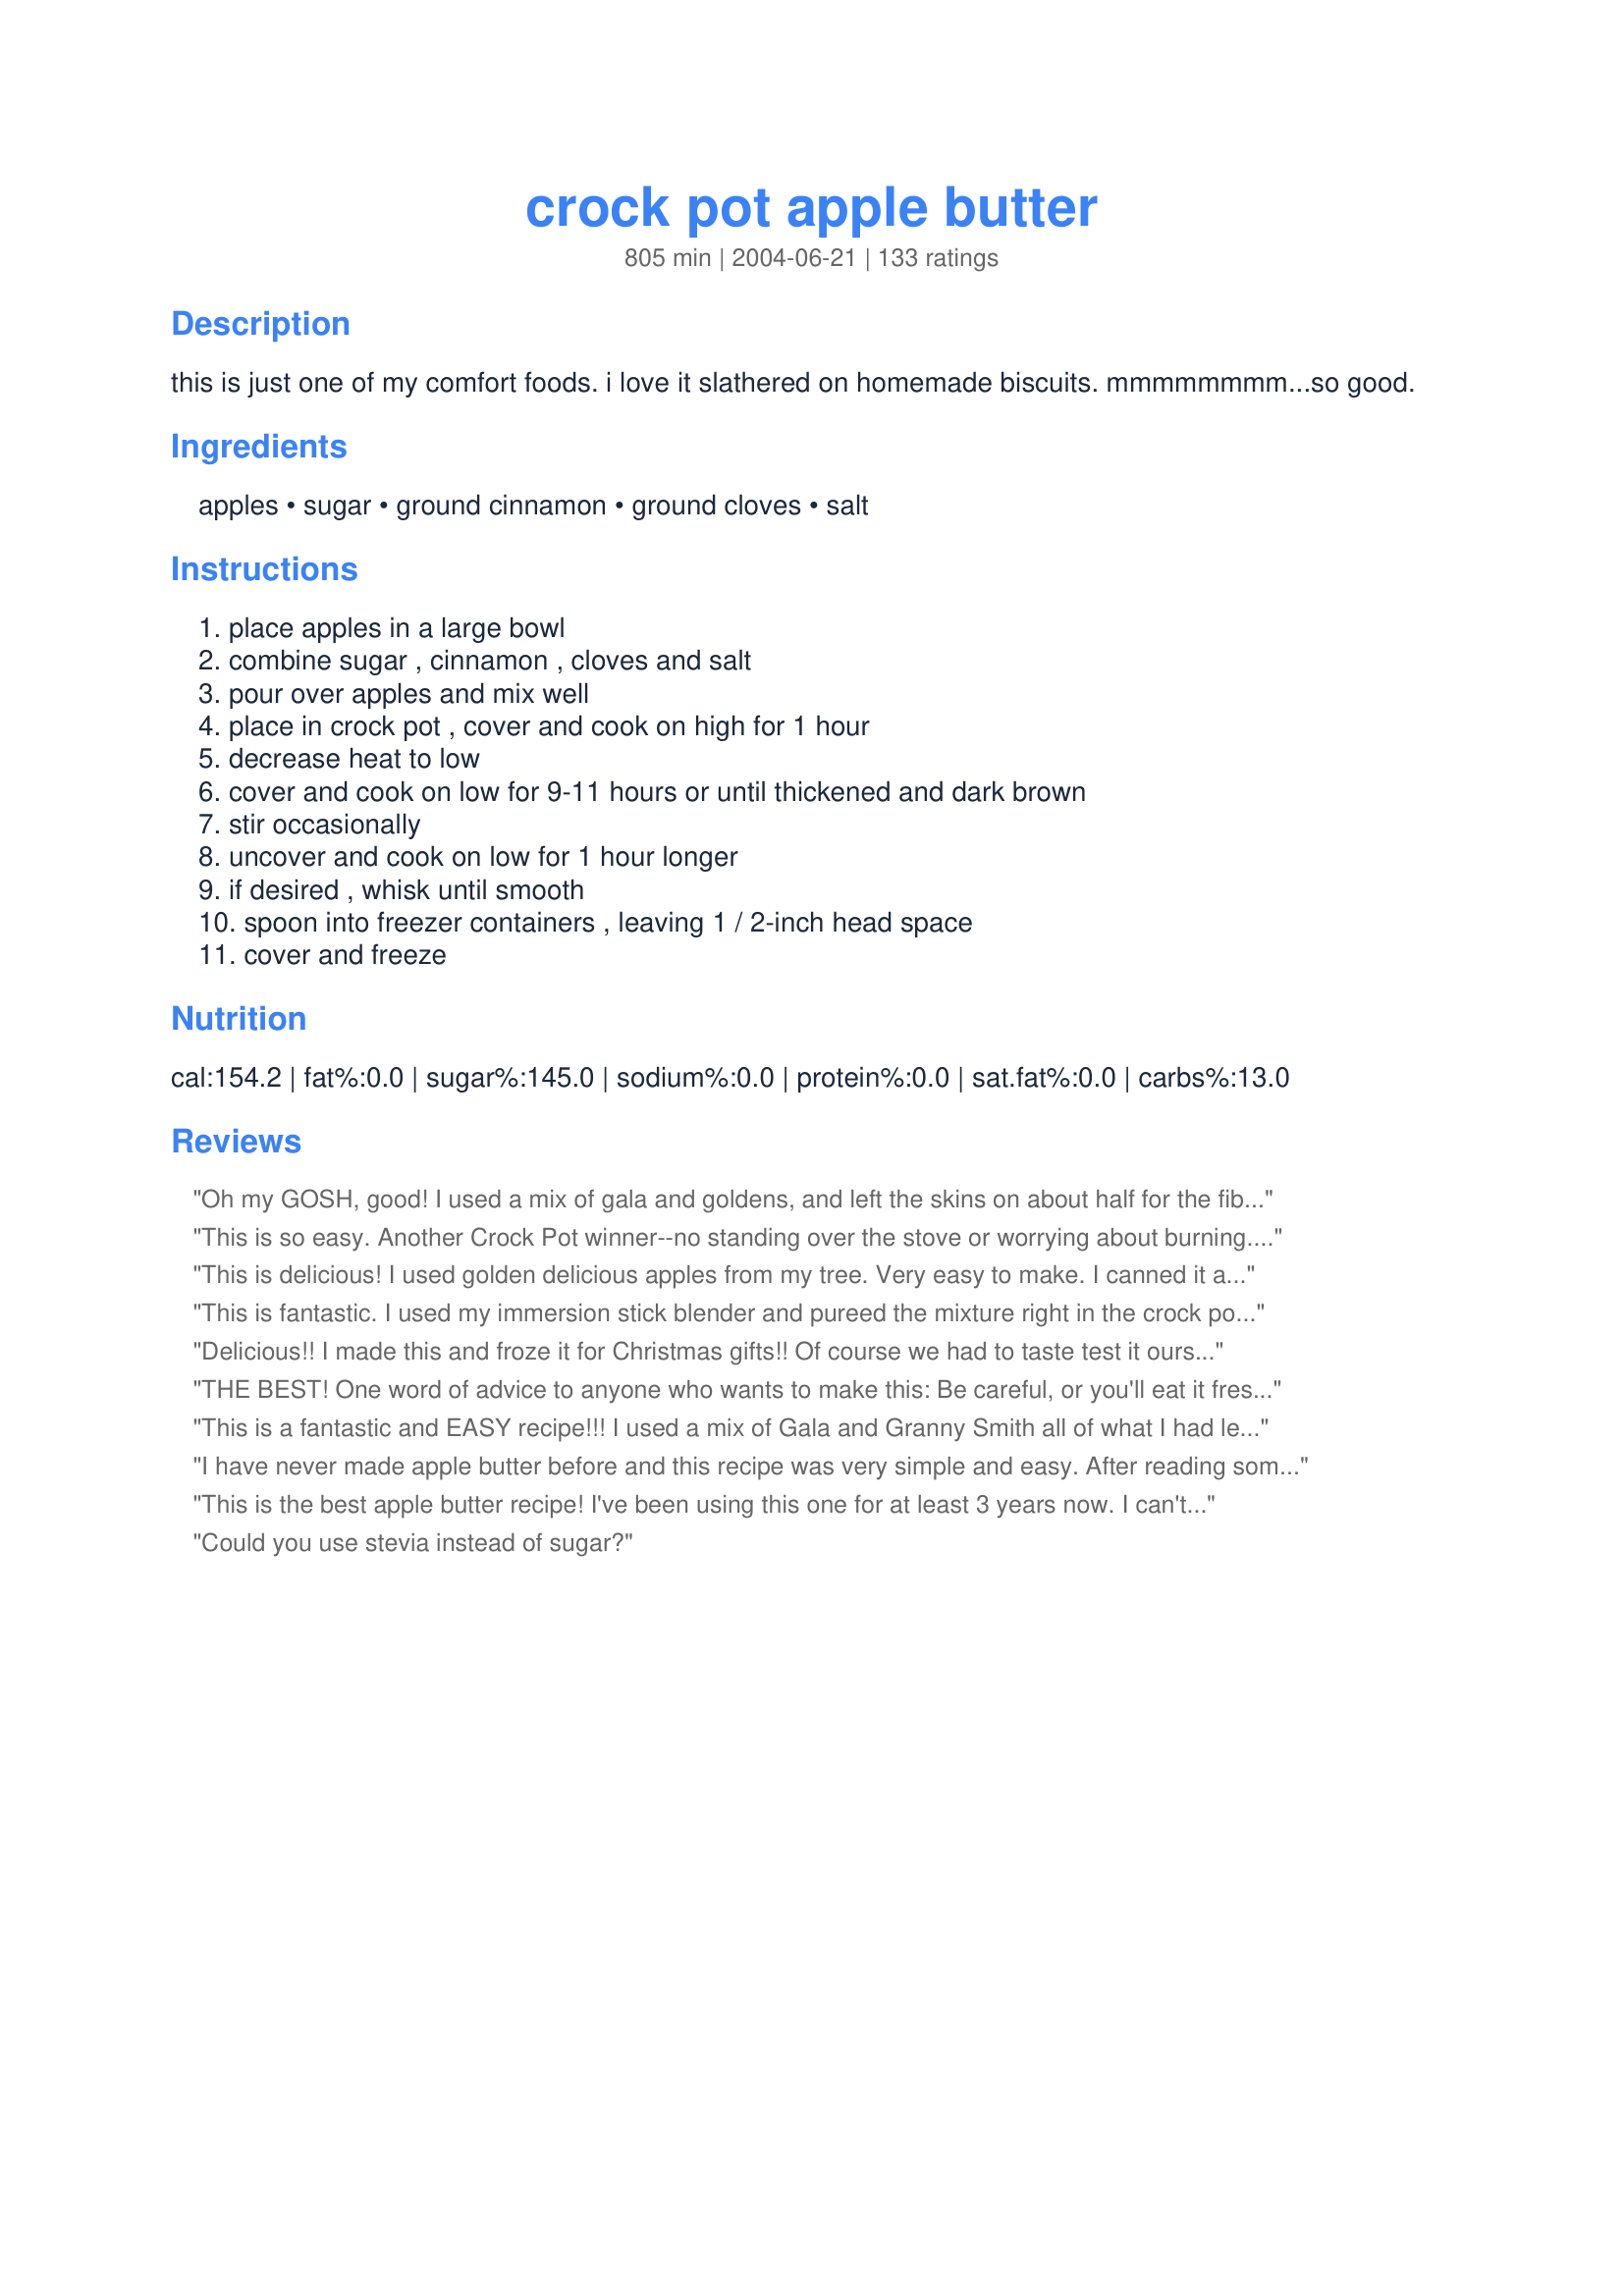
crock pot apple butter
Preparation time: 805 minutes

this is just one of my comfort foods. i love it slathered on homemade biscuits. mmmmmmmm...so good.

Ingredients:
apples, sugar, ground cinnamon, ground cloves, salt

Steps:
place apples in a large bowl, combine sugar , cinnamon , cloves and salt, pour over apples and mix well, place in crock pot , cover and cook on high for 1 hour, decrease heat to low, cover and cook on low for 9-11 hours or until thickened and dark brown, stir occasionally, uncover and cook on low for 1 hour longer, if desired , whisk until smooth, spoon into freezer containers , leaving 1 / 2-inch head space, cover and freeze

Reviews:
Oh my GOSH, good! I used a mix of gala and goldens, and left the skins on about half for the fiber and the pectin. The stick blender makes short work of them, so don't worry about getting a mouthful of skins. I couldn't quite fit all my apples into the crockpot, so I had to wait until it cooked down for an hour before dumping the rest in, but it all came together in the end. 2 t of cinnamon was plenty spicy for me so, as with any recipe, I'd say start small and add more to taste. I used 2 c of Splenda and 1/2 c of sugar, and it came out perfectly. This stuff is incredibly delicious, especially the next day after it has had a chance to settle. Highly recommended.
This is so easy. Another Crock Pot winner--no standing over the stove or worrying about burning. I cored my organic apples but did not peel and simply put the finished product through the China cap to separate the skins. I made a 1/3 recipe of this and it turned out really well. It ended up cooking about 13 hours on low and I didn't bother to cook the last hour with the lid removed. Thick and rich. Definitely a keeper.
This is delicious! I used golden delicious apples from my tree. Very easy to make. I canned it and use it for Christmas gifts.l
This is fantastic. I used my immersion stick blender and pureed the mixture right in the crock pot when I uncovered it then let it cook for the other hour. Love this stuff. Made for Zaar Chef Alphabet Soup tag game.
Delicious!! I made this and froze it for Christmas gifts!! Of course we had to taste test it ourselves and it is awesome!
THE BEST! One word of advice to anyone who wants to make this: Be careful, or you'll eat it fresh until you're sick. Not that you'll mind, much, but still.
This is a fantastic and EASY recipe!!! I used a mix of Gala and Granny Smith all of what I had left. I also added about two tablespoons of apple butter syrup I purchased from a German Baptist market down the road. Like some others I also added apple pie spice, and about a teaspoon of pumpkin pie spice. I also substituted the last cup of sugar for brown sugar. The combo is really amazing together be gives it a richer spicier flavor! Will make again!!
I have never made apple butter before and this recipe was very simple and easy. After reading some reviews, I decided to use less sugar. I used 2 1/2 cups regular sugar and a half cup brown sugar for a total of three cups. I also put in two teaspoons of lemon juice. I had to puree it at the end to make it smooth, but it came out fantastic! Very smooth and thick. My son, who is picky eater, said it tastes just like apple pie.
This is the best apple butter recipe! I've been using this one for at least 3 years now. I can't remember where I got the recipe from, but my family requests it in their christmas baskets every year.
Could you use stevia instead of sugar?
Yummy! I used brown sugar. This smells and tastes great. It freezes well too.
I made this Apple Butter some time ago and apparently forgot to write a review. This is a delicious apple butter made it using splenda instead of sugar. I canned it instead of freezing it because of lack of space in freezer. I did a hot pack method, water bath for 10 minutes.This worked very good for me. Thank you for posting the recipe!
This was so awesome. I also think I will try less sugar next time. Everyone who has tried it loved it.
Thanks for the great recipe.
We really liked this recipe. We like unspiced applebutter, so I left out the cloves. I think next time we will just use 3 cups of sugar. I will make this to give out as Christmas gifts!
I went apple picking and only was able to pick granny smiths, but I followed this recipe and it came out soo good! Only thing I would say: do less sugar, and stick the entire thing in a blender once it&#039;s done cooking overnight. It was chunky and apple sauce-y and once I blended it up it was smooth and looked just like apple butter. YUM!
5 stars for how easy this was. 5 stars for how it tastes! i used 3 kinds of apples - granny smith, macs and courtlands. (i used 22 apples total and filled the crockpot 3/4 fulls.) i thought it was going to be really sweet and was pleasantly surprised at how nice and refreshing this tastes. not too sweet at all! i also really liked the flavour of it. very much like apple pie! yummmmmy! i made the mistake of starting later in the day and so i cooked it all one day and then at night i put it in a cool place and then plugged it back in for the next day. i actually cooked it for about 20 hours and it became really thick. i am really happy with the results and will be making again!! thanks soo much!
My first try at making apple butter. Our trees gave us a LOT of apples this year and wanted to give a new recipe a try. Yours was perfect. I ended up with 7 1/2 jars and I am 4 days later 6 jars are left! This is SOOOO Good! It turned out perfectly. Tastes like Apple Pie :)
Halved the recipe. Delicious.
Very yummy! I Canned this to give away as Xmas gifts. My husband gobbled up the amount I set aside for our personal use, so I had to make another batch!
Happy to find an Apple Butter recipe with the apples in lbs not cups! Phew! Once I'd made this in the slow cooker I realised how lucky it was that I used this recipe. It's so delicious! Used a box of apples from my sister's garden, and freshly ground cinnamon and, like another, used allspice instead of cloves. Will definately be making this again!!
Such an easy way to make a delicious apple butter!
I have never put salt in mine, but it was a nice addition. I used 100% Splenda and it came out beautifully. Thanks, Carole in Orlando
This is delicious! I canned this in a water bath for 15 minutes to be safe. My entire family loves apple butter, so I'm giving a bunch away for the holidays. This tastes just as good as the expensive stuff I used to buy from a nearby apple farm. I think the sugar/spice amount is perfect. (My apples weighed 5 1/2 pounds before peeling and coring.) I chopped the apples very finely in the food processor, and after 12 hours in the crock pot I didn't have to blend any further - it was already a nice smooth texture. This is definately going on my list to make every year. Thanks for a great recipe!
My first success at Apple Butter! Mine took about 24 hrs in the crock pot, but my crock is only a 4 qt. I also used 2 1/2 c. sugar and 1/2 c. stevia and it tastes great. Thanks.
Just like Grandma used to make but better! The aroma coming from the crock pot was heavenly. I used Golden Delicious and Gaia apples but halved the recipe since I didn't know how much apple butter we would actually eat up. Thanks for sharing this recipe. It feels just like my grandma made it and makes me smile!
Hi All, can this be cooked in a slow cooker? ????
This was very simple and tasty. I used nutmeg instead of cloves, just because it was what I had, and it turned out great. I would definitely recommend cutting down on the sugar though. I put 3 cups in and it was still really sweet.
I reduced the sugar by half and it was still plenty sweet. (I'm sure that depends on how sweet the apples are to begin with.) This is delicious apple butter!!
This was so easy and delicious! First time for apple butter for me although I have made applesauce in the past. The only thing I changed was I added a bit of allspice and used splenda instead of sugar along with all tart green apples. It ended up sweet with just enough tart tangy flavor to make it a hit around here.
This was so easy to do, especially for my first try at apple butter. I have to agree w/ other posters, 4 cups of sugar is way too much, especially if you are starting with sweet red apples. I also omitted the salt, but we won't miss it (on a low sodium diet these days).
This turned out great!!! My kids loved it. I got 5 pints out of it, but I think I used more apples than the recipe called for. I used granny smith and jonagold. It was a little on the sweet side and I could probably cut down on the sugar next time. All in all, a great recipe. This was my first time making apple butter, and this recipe couldn't have been easier.
I did so many things wrong making this recipe and it was still awesome, lol! I forgot to chop the apples finely before putting them in, so they cooked for an hour on high before I remembered to go mash them up. Then I feel asleep while they were cooking and didn't end up stirring it at all! I cooked it 11 hours, 2 hours uncovered, and it turned out just perfect. Thank you so much!
Tastes fantastic, but I was expecting more of a thicker apple butter texture than what it was (which was a little bit thicker than apple sauce). (Taste gets 5 stars, apple sauce consistency of it brings it down to 3 stars from me)
The inversion method of canning mentioned on here is not recommended by the USDA due to botulism. Please be safe.
Can I NOT put stars...this is horrible....made the receipe to the tee and it takes like pure sugar. Awful. Reverting back to my old fashioned real apple butter receipe...
This recipe was way easy and delish! I did a lil tweak myself, as I was comparing 2 diff recipes. We have an Apple tree in the front yard, and we used the Apple core'er and left skins on......filled crock pot til it was heaping and lids wouldn't close......added a 1/2 cup cider vinegar and the rest of the ingredients, I did use 3 cups white sugar and 1 cup light brown. 16 hours in the crock, then I pureed and returned with lids off (I made 2 crocks full) I will let it cook down and thicken up, then jar and water bath for 15 minutes. Its beautifully silky brown! And the flavor! I like the slightly tart flavor, and I thought the sweetness was perfect for a fruit spread. If you don't like cloves, nutmeg will do the trick. This will be a perfect gift for friends and family this holiday! Enjoy! 2 crock pots made 11 pints
One word: perfect! I made this with a load of apples we got from the neighbors (golden delicious). I have since used the butter for homemade pop-tarts, homemade "nutra-grain" bars, and even a delightful kringle danish. Thanks for helping me to put all those apples to good use!
Yum! This is delicious and so easy to make! I actually halved it, but next time I'll make the full amount and freeze it. I am enjoying it right now spread on some plain brown rice cakes, and a little goes a long way; this is super-flavorful, with just the right amount of spices. The cooking time in the crockpot was spot-on, too, and the directions were great. Thanks so much!
I made this recipe recently. It was perfect as written. I canned it in the hot water bath for 10 minutes due to shortage of freezer space. I used my immersion blender when it was done and it made the consistency just right. Thanks for the recipe
The easiest preserve I have ever made - this recipe is a keeper. The flavour and consistency were excellent.
Can you put in pint jars and let seal
Yum, yum, YUM!! I made this Thursday and we were eating it out of the crock before it was done. I was low on time and sugar and couldn't find the new bag so I only had 3 cups. I threw it in and planned to come back and add the rest. I thought it was plenty sweet and didn't add the rest. I will be making more this week and I will only add 2 cups of sugar to start and I think that will be enough for us. I plan on using this for oatmeal apple bars #46241. Thank you so much for such a grat recipe. I've told everyone who will listen about how wonderful this turned out. I hope to give it as Christmas gifts but I will have to sneak it out past the rest of the family!
10-3-07
I made this again last night using 2c. sugar. It's still really good.
I am making this recipe for the second time in a little over a month. My entire family loved it, my youngest requested it for his school Thanksgiving feast in a few weeks.

Freezes well, easy to make, fool proof!

Thanks for posting this one!
I just picked a ton of apples a few days ago and thought I would give apple butter a try this year. First I tried stove top way, lots of hands on work with not the greatest result. Next I tried in the oven, and again not the best. This recipient was the easiest and provided the best apple butter I have had! Thank you for sharing this. I thought using the crock pot and omitting the cores and peels would result in terrible butter. Boy was I wrong, hands down the best, and I'm giving away jars for Christmas.
Absolutely fabulous recipe: super easy, super tasty, and hard to mess up. First time around I used apples (and half the sugar as others mentioned), and subbed Pumpkin Pie Spice for the ground cloves. Also didn't bother to peel the apples, just tossed it all in the food processor before the final uncovered cook...made for a nice thick butter with wonderful color. I also cooked it overnight, so it only got a few stirs before bed. YUMMOLA! Now have it in the pot with pears this time...excited to see how it turns out! Nice to wake up in the morning to the smell of apple/pear butter cooking ;).
Great recipe! I only used 2 cups of sugar and it was plenty sweet. Had a great flavor. I didn't chop the apples, just quartered them. After they had cooked for a while, I used a potato masher to break them up. I thought about using the food processor, but decided to leave some chunks. It had a good texture. I also used the recipe for pears. Delicious!
Loved the recipe. It was my first time making the apple butter. I grew up eating it almost every morning since I live in Oregon. I&#039;m sorry I did not read the reviews first since almost every one stays it&#039;s too sweet. Could use half the sugar. It would be good to know that in advance. One can always add sugar but hard to do anything after the fact when it&#039;s too sweet. But I&#039;ll be making it regularly from my Braeburn, Honycrisp and Yellow Delicious trees. Thanks.
Good flavor, just like the stuff you buy at the orchards. Used the rest of our apple picking apples and it made quite a bit, had to freeze most of it.
Good recipe with a good spice mixture. I gave it four stars as it came out very sweet. I even used more than the required amount of apples as I weighed out 5.5 lbs of prepared apples. The only thing I changed was I only used one type of apple. This might have been the cause of the over sweetness. I would reserve at least a cup or two of sugar the next time and add as needed half way thru the cooking process.
This is so good. Less sugar, especially if you use sweet apples. Thanks for posting my new favorite snack. good with cheese and crackers.
Thank you so much-this is better than any store bought apple butter!
Thanks for the great recipe. I made it last year and it was wonderful. I'm about to make it again right now with the apples we picked! Bonus: The house smells so good for like two days.
I made this last year this time and forgot to review. I didn't use all the sugar i used 2 1/2 cups, cooked the apples on the stove then ran them thru my mill.We enjoyed this very much. I plan on making this again this year.
Thank you for the recipe.I had plenty of apples to use and this was very helpful and delicious.I made some last night.Yummy!!!I just had to add this.I made the apple butter and my mother n law loved it also and said it was the best she has ever eaten.She called me as soon as she ate it and said i want the recipe right now.She has benn learning me how to can for the first time this year and i have made something that she hasnt and she was really proud of me.thank you so much...
So simple and oh so Yumm-o!! I made this yesterday and could hardley keep the kids out of it while I was putting it in the jars. Thanks for a great recipe that I will be using over and over again. I made this to put in my xmas baskets this year.
This was my first time making apple butter and it turned out great! Very easy and oh so yummy! Thank you!
My first time making applebutter and with succes! I used 4 different type of apples and it filled up my 3 1/2 liter crockpot to the rim when starting cooking it.I used 3 teaspoons of the cinnamon and the total cooking time was 12 hours. I used my stick blender to smooth it and it looked exactly as in Pamela's picture!
Thanks Margo!
This is such an easy recipe...set it and forget it, which is exactly what I did! I went to bed and forgot it was on, so my total cook time ended up being 20 hrs. The result was a wonderfully dark and rich apple butter. I started out with 6 lbs of apples before peeling and paring. I used a combination of Fuji, Pink Lady and Honey Crisp apples. 1 1/4 cups of sugar gave it the right amount of sweetness for us. I pureed the cooked and cooled butter in the blender and the consistency was perfect. Thank you for a great recipe that made me look like a pro!
Delicious and soooo easy!! Just cored and chopped the apples, I didn't even bother peeling them. I pureed this in my blender at the end of the cooking time and it turned out perfectly smooth. I used the sweetest apples I could find (Red Delicious) and cut WAY back on the sugar. I only used 1 c., but I think I could have left it out completely.
Great recipe! I used only Macintosh Apples. After reading the other reviews, I decided to go ahead and cut back on the sugar. I doubled the amount of apples. I used 10 lbs. of apples, with only 4 cups of sugar. I kept the spices doubled following what the recipe called for. If I had used a more tart apple, I would have used the sugar called for. I have given it away to family and friends and they love it too!
I did not have the cloves on hand but it still turned out beautifully. Thank you for an easy and very pleasing recipe.
Our son and his new wife used their wedding present to make this and shared how good it was. Since we were finishing out a *bumper crop* year of apples at home, I decided to try it for a couple of batches. OHMYGOODNESS! I'm so making more next year! My husband is going through a half pint every week! <br/><br/>I used a mix of Granny Smith and Jonathan apples. I made the second batch a bit spicier and liked it better. I also eased up on the sugar in both recipes. <br/><br/>Absolutely phenomenal recipe! Highly recommend this!
Yummy, this turned out as good as it sounded! The only change I made was to cook uncovered another hour as it seemed too loose. Firned up after being in fridge overnite. Taste is just wonderful! Will be making this more often. This is a keeper.
Thank you so much for this recipe. I don&#039;t eat Apple Butter, but my daughters love it, so I wanted to try to make it, but everyone I talked to said it was a pain to make. I found this recipe and it sounded easy enough, and it was!!! And it came out great. I did not reduce the sugar, but I did double the cloves. I used my apple/peeler/corer to prep the apples and then sliced the apple rings into smaller chunks. Cooked all night, according to the instructions, and in the morning, I put small batches into my Magic Bullet blender and ground it up. It didn&#039;t separate at all, so I didn&#039;t do the last hour on high, I just put it into jars and put them in the water bath. Mine made 7 pints, but I probably didn&#039;t have as many apples as the recipe calls for, because we picked apples ourselves and I didn&#039;t weigh them. I just kept putting more in, until the crock pot was full. This was amazing!! On a side note, for those making the recipe; put your cores and peelings into a large pot with ample water and boil them while you are doing the apples. Let them &quot;brew&quot; for a good hour or more, keeping plenty of water in the pan. Strain the juice and use it for jelly, then use the peeling and &quot;mush&quot; to make fruit leather. I did the cores in a separate pan so they were easy to remove and throw away without the fear of having seeds somewhere in the mush batch. NO waste!!!
I needed to use up some Macintosh and Granny Smith apples in a fruit basket I had so I decided to give this recipe a try. It was very easy to make and the house smelled great all day long while this was cooking. This apple butter has just the right amount of sweetness and I enjoyed the hint of cinnamon and cloves. I couldn't get it to get smooth with a whisk, so I used my immersion blender and it turned out nice and smooth. Much better than the apple butter you get at the store. Thanks for sharing such a great recipe.
Oh, this is sooo good!
It is good on just about everything and by itself on a spoon!
I used only 2 cups of sugar and also some nutmeg and allspice for a spicier sauce.
I also left the peels on and after cooking ran it through the food processor before hot water bathing it.
I will do this again for sure!
So good and so easy, using the crock pot makes it so simple, I made a couple of very minor tweaks, but for the most part followed the recipe. So smooth and taste just like I want apple butter with just the right amount of spice. When finished I canned in a water bath and know these are going to go fast
Just another awesome review! I have made Apple Butter a million times, but being a little low on time (In-laws decided to do Christmas and Thanksgiving the first weekend in Nov!) I was looking for a quick recipe. I peeled 2/3 and cut up all of my apples (bought at the produce stand on clearance) . Crock pot overnight, wand made quick work of making it chunky, luscious, velvetty on the tongue Apple Butter! I used 10 lb of windfall apples of about 4 varieties, cut back the sugar by a cup and added a tsp of nutmeg. This is a definate keeper!
This is the best one i have found and that i liked and that did not have to a ha million steps to it was so easy and taste great will be making this again :) :)
The directions should recommend that you process apple butter in a water bath of rolling boiling water for 10 minutes if you want to can your apple butter! This is a good recipe...you can add more sugar near the end to sweeten more if you like...start perhaps with less sugar and sweeten to taste at the end of the 9 hours. I actually pressure can my apple sauce and apple butter for 15 minutes at 5 lbs of pressure because I do not want to deal with all of that heavy scalding water. I have been canning food for more than 40 years! (*I use Mutzu apples(a cross between a granny smith and yellow delicious. It is very important to talk to people who perhaps grow apples and ask which variety is best for this. Some apples make awful applesauce or apple butter because they cook very &quot;mealy&quot;. You won't go wrong with Mutzu. If you are lucky enough to find river apple variety they are also good.)
I made this apple butter first, then made Recipe #11492, the only difference really being the addition of vinegar in the other one. So, Margo, your recipe was my first time ever making apple butter, and it could not have been easier. It was such a treat to come home after a brisk walk through the cold outdoor air to a nice, warm snack of sweet, spicy apples to top over rice cakes. Thank you! I did use Splenda instead of sugar and found no problems there, and I just ended up letting the apples stay in their shape, rather than trying to blend them; I enjoyed that texture. Thank you again for such a great start to making apple butter :) God bless!
Loved the ease of this recipe. The aroma in the house was wonderful . I did 6 pounds of Apple Granny Smith, Cortland. Sliced thin and skin on.
Used 3cups of brown sugar, 1 teaspoon allspice, 1teasppon cloves. 1teaspoon fresh grated nutmeg. I started mine early morning on 4hours high giving it a stir once in a while 2hours low. Pur&eacute;ed in food processor. Canned hot water method 10 minutes. Thank you. I am ready to make second batch.
My mother-in-law has always raved about crockpot apple butter, how easy and delicious it is. She was right! This is perfect for a novice. I am giving jars for Christmas!
Soooo good! I just opened my first bottle this morning (I made in Nov.) and it is perfect. I used about 3.5 lbs red apples from a friends tree and 1.5 lbs of granny smith also reduced the sugar by 1/2 a cup. I put sliced apples in my food processor to achieve "finely" chopped apples. I couldn't get the butter smooth enough with a wisk so on the last hour I poured it into my blender and processed until smooth then put back in crockpot with lid off on high for an hour to thicken it up. I had to stir it about 3x's on the last hour so it wouldn't scorch. I ladled into hot jars and put them in a boiling water bath canner for 10 min. This fall I will be making 2 batches because I think this is going to go fast! Thanks
Very good recipe! I would try a bit less sugar next time, though. Thanks!
AMAZING! I started with a bit over 6 lbs of Courtland apples and by the time I peeled, cored & tossed any funky parts I ended up with about 5.5 lbs. I put the apples in my Cuisinart to chop them up and combined all ingredients in my crock pot. I used 3t cinnamon but changed nothing else. I cooked it as recommended (9 hours rather than 11) and was getting kind of worried because it didn't have the right texture or consistency at all! But it all came together in the last few hours. I would say appx total yield on this is 6-ish cups (something I would have liked to know BEFORE making so I could make sure to have appropriate containers ready for freezing). It made the house smell WONDERFUL and of course me, DH, & the kids needed to taste-test every hour or so. It's very sweet....apple-pie sweet. I think next time I might try with 3C sugar...but there will DEF be a next time! We all had some on our bagels/English muffins this AM for breakfast...YUM!! Thanks for sharing!
This is wonderful - tastes like the good apple butter we used to buy!!!
HI maybe someone can help me. This will be the first time making this. My crockpot doesn&#039;t have a high/low option. Would I leave it on for the full 11 hrs
Can this recipe be canned ? I see it can be refrigerated and frozen but I want to can it,
Made this recipe the other day and WOWZA! it's good! But don't be fooled into putting 4 cups of sugar in-- that's WAAAAYYY too much and I have quite the sweet tooth. I only put 2 cups in and it was pretty darn sweet-- I can only handle a few tablespoons of the apple butter on my toast. My hubby, on the other hand, downed almost the entire jar in two days. At least he's getting his fiber (I left the skins on then pureed the mix in my magic bullet when it was done). I also used a 5lb bag of Fuji apples, cored them with those cutter thingees (you push down on it and it cuts the apple into slices and cores it at the same time-- you can get it at the supermarket) then I cut those pieces into smaller pieces. I did stir it every few hours, even leaving the top off for a couple hours to get it to not be so liquidy. The house smelled amazing! I also couldn't find any cloves so I used a tsp of nutmeg instead. To can it and seal it (to give one jar away), I used the inversion method. Look it up because it's so much easier than boiling. Just be sure to wipe your jars totallly clean, including the lid and top of the jar because the lid will stick if there's any residue of apple butter on it. Try it! This recipe couldn't be easier!
The absolute best apple butter. I made a dbl batch of this . I used 10 pounds go transparent apples. For doubling the recipe I doubled all the ingredients except for the sugar. I used 5 cups total. I was able to get 18 8 oz jelly jars out of a dbl batch. I water bathed them for 15 mins. I will be making another batch of this very soon. I used 3 crockpots then added them together as the apples cooked down. I cored the apples but left the skin on. Then used my immersion stick blender to pur&eacute;e it.
We came home to a house smelling like the holidays! This recipe makes the BEST apple butter. Everyone loves it. I canned it.
This was the first time I've attempted to make apple butter on my own, but this stuff is amazing! I have to admit that it is better than my mom's (shhhh!) It was incredibly easy to make and pop into the crockpot, The hard part was the waiting! I will be heading out to the farmers market to pick up some more apples so I'll have enough to share! Thank you for this recipe.
This is a super recipe. I did it in my preschool class. I cut and peeled the apples but they washed the apples, counted apple pieces, counted the seeds, put the apples into the crockpot, discovered fractions, learned about the nutrition of an apple, estimated how many seeds an apple has in it and compared apple to apple, put in the ingredients , ate the peels and stirred. Periodically we stirred the apple butter until done. It was a great learning experience to compare before and after & especially yummy served w/pancakes!
I let slow cooker go overnight. When I awoke 8 1/2 hrs later, it was burnt. Had to toss. I guess the &quot;low&quot; setting on mine is too hot. Will try again during day so I can stir.
Easy and delicious. I canned mine for gifts.
This is delicious, very easy to make since hubby peeled the apples. The entire family said 10 stars would be the correct rating for this recipe. Thank for sharing a great keeper.
Sitting here finishing off a piece of toast with the wonderful apple butter I made yesterday. OMG, it is delicious. Thank you for this recipe, I will be making several batches for Christmas gifts this year.
This recipe is delicious! However, I do think it is far too sweet for my taste. To counter this I added armagnac (to taste) in the last few hours of cooking. Gives it a great kick and really cuts through the sweetness.
Just made my first batch and couldn't wait so had to put some on toast...OMG! Yum! 

I did cut to 3 cups of sugar after reading some reviews and that was perfect. 

Forgot to get cloves at the store so went with Watkins brand Apple Pie Seasoning as well...great kick!

Thanks for sharing....all my Facebook friends have it now too LOL!
This was my first time making apple butter. As written, it is too sweet for me. (And I like sweet stuff!) Next time, I will cut the sugar to 3 cups. The spices were PERFECT! I had to cook mine for about 12 hours. Then I put it in the blender to make it smooth. Will make again with less sugar.
So easy and so wonderful to slather on biscuits! Thanks for sharing!
I'm on my second batch of this. It's just delicious and so easy. I do use more apples than stated just to completely fill my crockpot but I don't increase the spices or sugar. It turns out perfectly and now I have a freezer full of yummy apple butter! Thanks!
Another great recipe! I made this using equal parts of Rome, Piñata, and Braeburn apples. If you haven't seen or heard of Piñata apples they are a lot like Gala apples. I will be making this recipe every few months I'm sure. <br/>Thank you for posting, Rachel Castle
This recipe is wonderful! I first made it last Christmas to give out as gifts but loved it so much I had a hard time parting with it. Numerous batches later, I was squared away with baskets filled with the jars of apple butter along with bread, butter crocks, butter knives, etc. Wonderful! I did make a few changes, most notably the addition of other fruit when I started runnning out of apples. One batch had frozen dark cherries, another had peaches. All varieties were excellent and I even used hte apple butter in another Zaar recipe- Paula Deen's Apple Butter Pumpkin Pie Recipe #148001. Thanks so much for a great recipe!!!
I used a mixture of Gala, Fuji, Red Delicious, and Braeburn apples. I didn't have a problem with it being too sweet, as some other reviewers stated. I think the trick is to mix tart and sweet apples. After cooking on low overnight, I ran it through the blender to break down the remaining apple chunks. Returned it to the crock pot until it thickened. It smelled wonderful and tastes great! I canned it using a hot bath method, and ended up with 4 pints. I'll definately make this again!
This was my first time making apple butter and it was so easy.. I actually put in the crock pot late at night and started it. Early in the morning we woke to a wonderful smelling house.
I absolutely loved this and am making again! It was a little watery, but DH covered the crok pot because he thought I accidently left it uncovered :) I used whole cloves because I didn't have any ground but I really wish I had some ground so it could have spread a little more evenly. I used some splenda and some sugar and next time will probably use only splenda. BE CAREFUL...this stuff is addicting!
This is the best simplest no fail apple butter recipe. I used a combination of apples, some sweet, some tart. I cut the sugar down to 2 1/2 cups because of the sweet apples and added 1/8 teaspoon nutmeg. This stuff is so good.
Very easy to make, peeling is tedious, but the most difficult part. I used this last year and will this recipe again this year, thanks for sharing!!
Good basic recipe, but to much sugar for me. Think it only needs 2 cups sugar and definitely add some allspice.
Made this butter this past week. It sure does make the kitchen smell good. I know what most of the reviewers say about the sweetness but I wanted to try the recipe myself first without adjusting anything. I had used a mix of gala,delicious, braeburn and granny smith. I cored them and peeled them and cut in chunks to put in my food processor and this worked perfectly. I just mixed everything directly in the crockpot. I had cooked uncovered on low for the hour then turned to Hi for 8 hours and then uncovered for another hour on high. Came out with the perfect consistency for me and what a great flavor. Yes it is on the sweet side, but not overly. I can see how choosing apples can affect this. It came out with such a nice dark brown color too. I had purchased the 8 oz jars to use for these and I made 7 of them. I couldn't find the 4 oz jars which is what I prefer for these kinds of things. Thanks for a wonderful recipe Maro59.
Awesome! So easy!!! The house smelled wonderful! We used Gala and golden delicious. I used 3.5 cups sugar. We did the boiled jar method and made 7- 8oz jars. Thanks we will make again!
I wanted to give Apple Butter as presents to friends, family, co-workers, etc so I researched different methods online. This recipe takes the cake as the easiest I could find. I had an apple corer which really helps speed the prep along. I would peel and core the apples and then stick them in the food processor to get them finely chopped. I can't imagine chopping all these apples by hand. My only concern with the recipe is that mine never turned into that gooey, spreadable consistency. I cooked it longer than listed and ran my hand mixer through it twice and it still turned out kind of like apple sauce. I also added the juice of one lemon and some fresh ground nutmeg. I am still happy with how this turned out and will continue to try to get the consistency just right!
Thank you, thank you, thank you! My mom and I made this together and I tell you, that it is the best thing I have ever tasted! And so easy. I will never buy apple butter again:)
This is amazing! Reminded me of my grandmother. I used Red Delishious, Jonagold and Honeycrisp. I put in the crockpot and then had to take my daughter to the ER. So I did not get to stir for about 5 hours. But the house smelled wonderful when we came home. I put through the food process for a very smooth butter. I only used 2 cups of sugar and extra cinnamon as we love cinnamon. Thanks for reminding me of my grandma.
I made this with my 4 y/o DS from apples we picked on vacation. What an easy recipe and a great way to end an apple picking soiree. I did use my immersion blender, just so the consistency was something he was accustomed to. The taste is great. A friend came over (a fellow Zaar-ite), we shared some and she raved, too. She got a batch to take home to her family. Thanks so much!
This is delicious apple butter! I used 5.5 lbs granny smith apples, 4c sugar, and 3t apple pie spice. I cored the apples but left the skin on. I chopped them in my food processor, stired in the sugar and spice, and cooked on high for 1 hr. Then I turned my crockpot down to low and went to bed. 8 hours later, it was done! I put it in my food processor to get a smooth texture and returned it to the crockpot to thicken on high for 1 hr. PERFECT apple butter! Processed for 10 minutes. I will make more for gifts!
Very good, very easy! I will no longer buy apple butter. The only change I made was to use Allspice in place of cloves and it turned out great. Thanks for a keeper, Margo!
I can't wait to try this recipe, sounds soooo delicious. I read a few of the reviews and got alot of tips. I am just learning how to can food, I hope mine turns out good!!!! Would like to give some to my special friends at work and family. Thanks for sharing!!!! Hugs and Smiles, Ginger-root from Illinois.
This was great. Super easy and my family loved it.
this was very good, cut the sugar by half and it was just fine, used sweet Apples from Our tree.
This is the FIRST crock pot recipe that has ever worked out the way it was supposed to for me! I was delighted! I agree with others that say this is an especially SWEET apple butter. And I used mainly tart apples. So next time I will definately cut the sugar down. It is scrumptious however! It will be made again :)
Made this with pears from our neighbor. I would cut back on the sugar next time, but this is AMAZING stuff! So delicious and SO EASY!!!
Delicious and easy! I woke up this morning to the wonderful smell of hot apple butter working away in my Crock Pot. I used 2 cups of honey in place of the sugar. I also wound up with just over 6 pounds of apples, so that's what I used. Turned out great!
Made this for gift baskets....now I hope that I still have some to go into the gift baskets! This is really great. I used a combination of 3 different apples because I love the blended flavors. Will be making another batch this weekend. Thanks for the great recipe.
I forgot to rate with stars, Wonderful
I make this often and get outstanding compliments for it. I use splenda and usually more cinnamon than recipe calls for but that's just a personal choice for me. If I don't make if for a while I get irate friends!
Thank you for helping me use up my older apples, this is a scrumptious recipe. Followed the recipe and it was perfect. I also ran it thru the blender real quick to smooth it out a bit. Thanks for sharing!
Apple butter is so expensive that I never buy it, but from now on I won't have to because I can make my own! My neighbour gave my two bags of apples from their tree and i knew that this recipe would be a perfect way to use them up. I used 27 small apples and they filled my crockpot 3/4 full. They cooked for 8 hours on high. I did blend the cooled mixture in the blender for a smoother texture. This was perfect to serve on the apple scones that imade recipe#73810
This recipe was pretty easy. I did make a few changes to the recipe though. I doubled the apples to 12 pounds and put 3 cups of sugar in. It's still super sweet. I may try 2 cups next time. I would also start this before I went to bed next time. I started in the morning and was still working in it at 10pm. I finally ended up running it though a coffee filter to thicken it up so I could go to bed.
A delicious recipe. Normally I follow the recipe exactly as written when I make it for the first time; however, due to all the reviews about the excessive sweetness, I chose to cut the sugar to 2-1/2 cups. Didn&#039;t want so many apples go to waste and I&#039;m glad I made the change. 2 cups would&#039;ve been more than enough. Minor changes I made: peeled apples and, separately, placed peel and chopped apples in food processor. Wanted to preserve nutrients of the skin. Cooked on high 3 hours, decreased to low for 4. Placed in blender and pur&eacute;ed until smooth. Poured back into crockpot uncovered for 1 hour. Unfortunately I didn&#039;t cook overnight and needed it done before my bedtime - only reason for time/temp change, but it tastes amazing.
Wow! This was my first time making apple butter, and it is delicious! I had bought some apples from FFA and I got a few more from a local discount grocery store. The hardest part was coring and peeling the apples (I had about 15) but if you have a peeler/corer thingie, this is super easy! I put it in the crockpot on high for an hour then turned it to low and went to bed. I woke up to the delicious smell of apples and cinnamon! I stirred it a few times then took the lid off. When it was done, I put it in the blender to make it a little smoother. I was afraid it wasn&#039;t going to be thick enough, but showed it to hubby (the reason I made it in the first place) and he said it was perfect! I got about 9 1/2 8 oz. jelly jars out of it! I also cut back on the sugar a tiny bit. Will use this again!
I used this recipe for my first attempt at applebutter. Fantastic! Perfect texture and taste! I am making more of it tomorrow and also for Christmas gifts for the whole family this year. Thanks for a wonderful recipe!
Great recipe. So easy. Tried it with Granny Smith apples, 2 cups white sugar, one cup dark brown sugar, 3 tsp of cake spice from Penzey's. Came out great but still a little to sweet for me. Am not trying all the same except with 2.5 cups of dark brown sugar. Will let you know the outcome. Also, I DO NOT peel the apples.
Excellent and easy! Older apples work great for this - any kind. Very nice!
AWESOME!!! I made some for friends and neighbors. But they didn't end up getting any. I halved the sugar, and it still tasted good!
Great stuff, I used 6 lbs. of Gala and only used half of the sugar-its just great with only 2 cups.
I won&#039;t rate this because I changed the recipe by using 1/2 of the amount of sugar called for. Still worthy of 5 stars. Will make again, for sure!
I've made this recipe twice now -- the first time I used 3 c. sugar and found it quite sweet enough, and the second batch I made with 2 c. Splenda. I'm generally not a huge fan of artificially sweetened stuff, and although I could still taste the Sucralose, the overall flavour with the spices (3 t. cinn., 1/4 t. cloves) makes up for it. I spread it on toast, or crackers with cream cheese, or mix it with plain yogurt ... or into my morning oatmeal. Delicious! The consistency is not so much like "butter" -- more like an apple sauce (I also blended mine with a hand blender at the end). I have another bag of apples and I'm going to try cooking this for a lot longer this time (did 12 hours with the 2nd batch), or just leave it on high the whole time to see if it will thicken up more. Overall, I love the flavour (like apple pie) and have lots of jars to give away at Christmas! Ooohh, I just thought about serving it hot over vanilla ice cream -- yum!

By the way, after peeling and coring the apples, I chopped them in the food processor in batches of about 3-4 apples at a time. Also, not being accustomed to the whole canning thing, I heated the jars in the dishwasher, then put them back in after filling them (during the heat dry cycle). The ones whose lids didn't "pop" went into the freezer where they "popped" soon thereafter, so perhaps I could have skipped the final "hot" process and gone straight to the freezer. I assume they can then go back onto the pantry shelf after the lids have popped.
Will the apples cook down
This recipe far-exceeded my expectations given the simplicity of it. I was over the moon when I tasted the finished product! I made a batch with cloves and cinnamon and another with just cinnamon and I prefer the one with just cinnamon, but that's my taste preference. I also ran mine through a food processor to give it an ultra-smooth consistency since I was using golden delicious apples that didn't cook down as other varieties might. They are both spectacularly yummy and everyone that tastes them rave about how wonderful they are and how much effort I must have put in to get such a fantastic product. And I don't tell them otherwise. :)
It was easy and is tasty but it&#039;s not as thick and creamy as I remember from my childhood. That was a long time ago, though, so maybe the memory is faulty. My backyard apples were tart so I used 4 cups of sugar, 1/2 white and 1/2 brown. Used my immersion blender to smooth it. Cooked about 3 hours on low with the cover off to thicken it.
